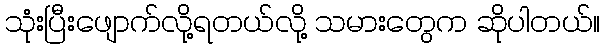
သုံးပြီးဖျောက်လို့ရတယ်လို့ သမားတွေက ဆိုပါတယ်။